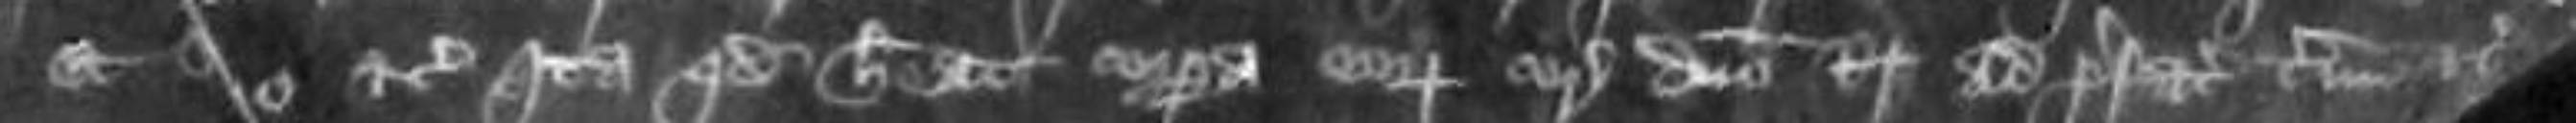
et salvo etc ita quod habeat corpora eorum coram domino Regi ad prefatum terminum etc